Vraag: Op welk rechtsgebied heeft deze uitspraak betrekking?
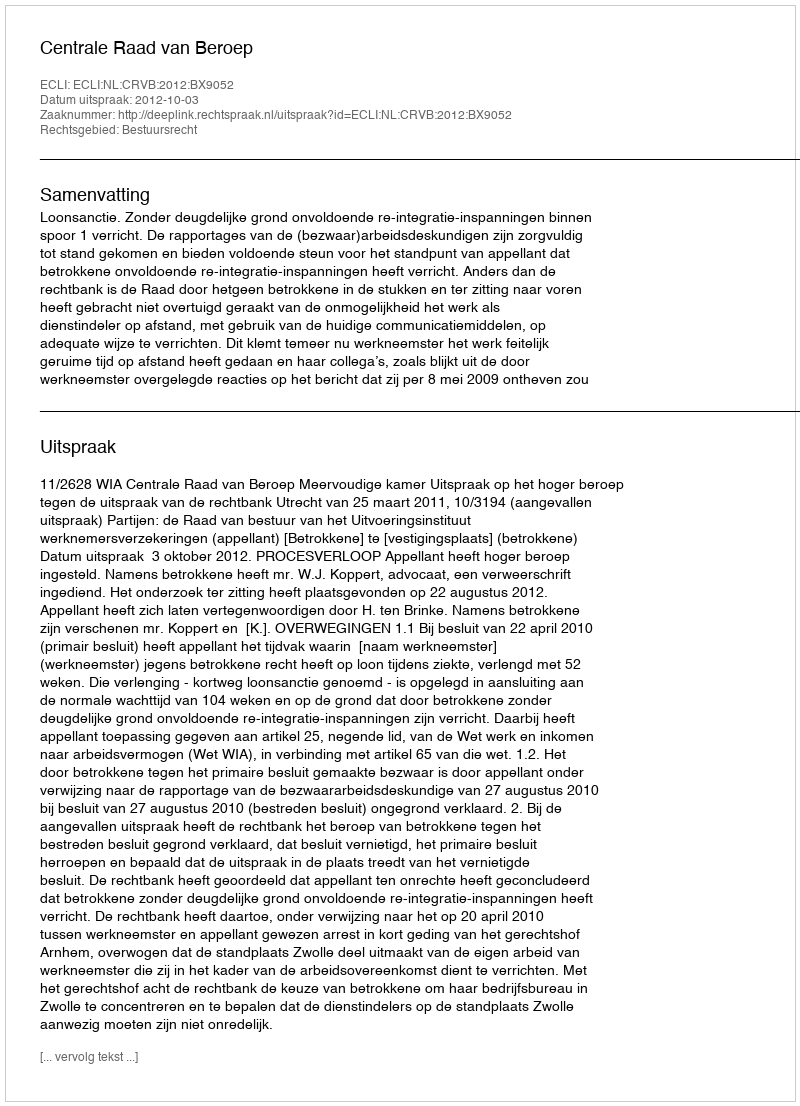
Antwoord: Bestuursrecht